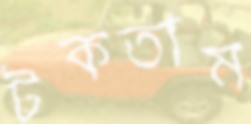
টকতাম